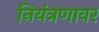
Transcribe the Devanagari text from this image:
नियंत्रणावर